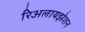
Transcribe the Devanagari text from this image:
रिअलायझेशन